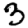
Digit: 3